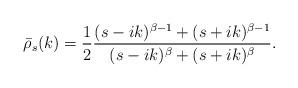
LaTeX: \begin{align*}\bar \rho_s(k)=\frac{1}{2}\frac{(s-ik)^{\beta-1}+(s+ik)^{\beta-1}}{(s-ik)^{\beta}+(s+ik)^{\beta}}.\end{align*}